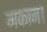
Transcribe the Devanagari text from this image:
मकान।